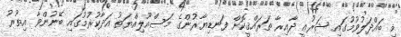
މި ބައްދަލުވުމުގައި ޝަރުޢީ ދާއިރާ ތަރައްޤީކޮށް ފަނޑިޔާރުންގެ މަސްއޫލިއްޔަތު އަދާކުރުމުގައި ބޭނުންވާ އިތުރު